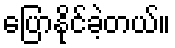
ပြောနိုင်ခဲ့တယ်။